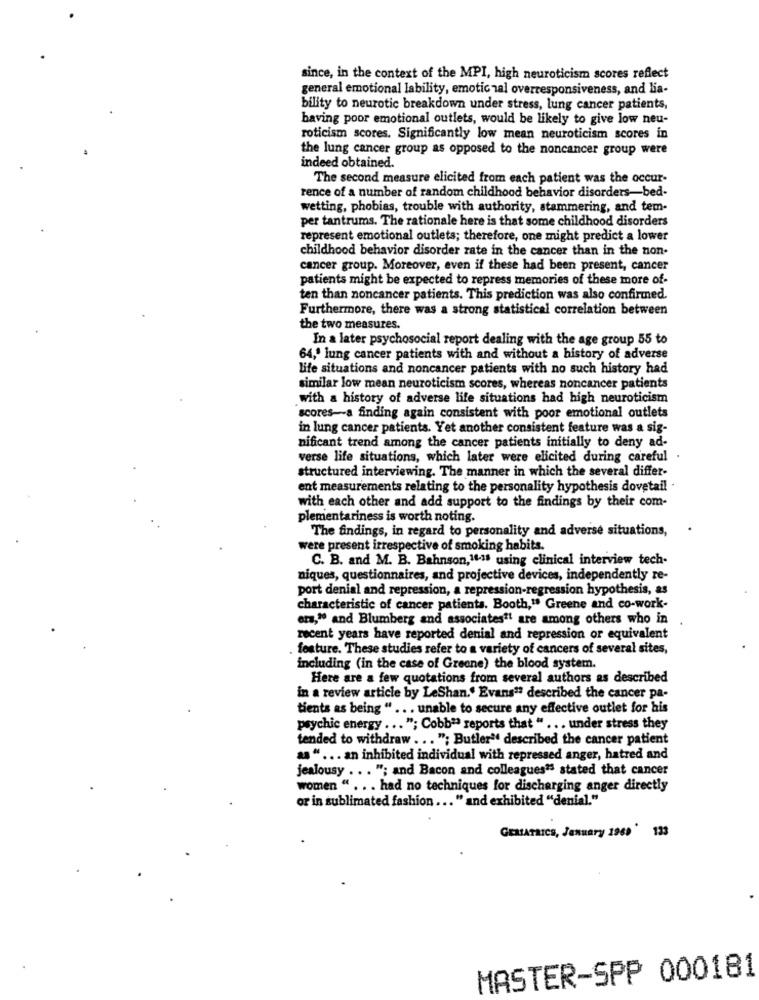
since, in the context of the MPI, high neuroticism scores reflect
general emotional lability, emotic nal overresponsiveness, and lia-
bility to neurotic breakdown under stress, lung cancer patients,
having poor emotional outlets, would be likely to give low neu-
roticism scores. Significantly low mean neuroticism scores in
the lung cancer group as opposed to the noncancer group were
indeed obtained.
The second measure elicited from each patient was the occur-
rence of a number of random childhood behavior disorders-bed-
wetting, phobias, trouble with authority, stammering, and tem-
per tantrums. The rationale here is that some childhood disorders
represent emotional outlets; therefore, one might predict a lower
childhood behavior disorder rate in the cancer than in the non-
cancer group. Moreover, even if these had been present, cancer
patients might be expected to repress memories of these more of-
ten than noncancer patients. This prediction was also confirmed.
Furthermore, there was a strong statistical correlation between
the two measures.
In a later psychosocial report dealing with the age group 55 to
64,' lung cancer patients with and without a history of adverse
life situations and noncancer patients with no such history had
similar low mean neuroticism scores, whereas noncancer patients
with a history of adverse life situations had high neuroticism
scores-a finding again consistent with poor emotional outlets
in lung cancer patients. Yet another consistent feature was a sig-
nificant trend among the cancer patients initially to deny ad-
verse life situations, which later were elicited during careful .
structured interviewing. The manner in which the several differ-
ent measurements relating to the personality hypothesis dovetail .
with each other and add support to the findings by their com-
plementariness is worth noting.
The findings, in regard to personality and adverse situations,
were present irrespective of smoking habits.
C. B. and M. B. Bahnson,14-15 using clinical interview tech-
niques, questionnaires, and projective devices, independently re-
port denial and repression, a repression-regression hypothesis, as
characteristic of cancer patients. Booth," Greene and co-work-
ers," and Blumberg and associates" are among others who in
recent years have reported denial and repression or equivalent
. feature. These studies refer to a variety of cancers of several sites,
including (in the case of Greene) the blood system.
Here are a few quotations from several authors as described
in a review article by LeShan." Evans" described the cancer pa-
tients as being " ... unable to secure any effective outlet for his
psychic energy ... "; Cobb"" reports that " ... under stress they
tended to withdraw ... "; Butler" described the cancer patient
as " ... an inhibited individual with repressed anger, hatred and
jealousy ... "; and Bacon and colleagues's stated that cancer
women " ... had no techniques for discharging anger directly
or in sublimated fashion ... " and exhibited "denial."
GERIATRICS, January 1969 ' 133
MASTER-SPP 000181